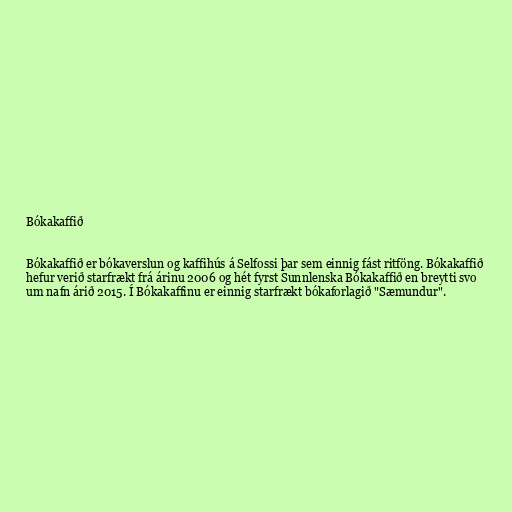
Bókakaffið

Bókakaffið er bókaverslun og kaffihús á Selfossi þar sem einnig fást ritföng. Bókakaffið
hefur verið starfrækt frá árinu 2006 og hét fyrst Sunnlenska Bókakaffið en breytti svo
um nafn árið 2015. Í Bókakaffinu er einnig starfrækt bókaforlagið "Sæmundur".